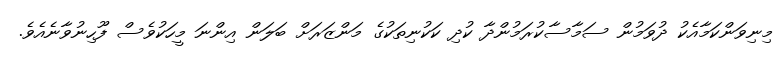
މިނިވަންކަމާއެކު ދުވަމުން ސަމާސާކުރަމުންދާ ކުދި ކަކުނިތަކުގެ މަންޒަރަށް ބަލަން އިންނަ މީހަކުވެސް ފޫހިނުވާނެއެވެ.